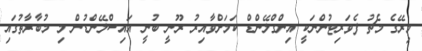
މިރޭގެ މެޗު ފެވަރިޓުންނަކީ އިންގްލޭންޑް ކަމަށްވާއިރު ރޫނީ ބުނީ އައިސްލޭންޑުން މި މުބާރާތުގައި